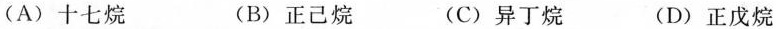
(A)十七烷 (B)正己烷 (C)异丁烷 (D)正戊烷